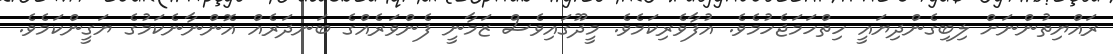
ރައްޔިތުންނަށް ލިބިގެންދިޔައީ ހިތްހަމަޖެހުމެވެ. އުފާވެރިކަމެވެ. މީދޫގައިވެސް ޒަމާނީ ފެންވަރެއްގެ ބަނދަރެއް އޮންނާނެކަމުގެ ޔަގީންކަމެވެ.